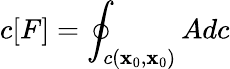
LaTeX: c[F]=\oint_{c(\mathbf{x}_{0},\mathbf{x}_{0})}Adc